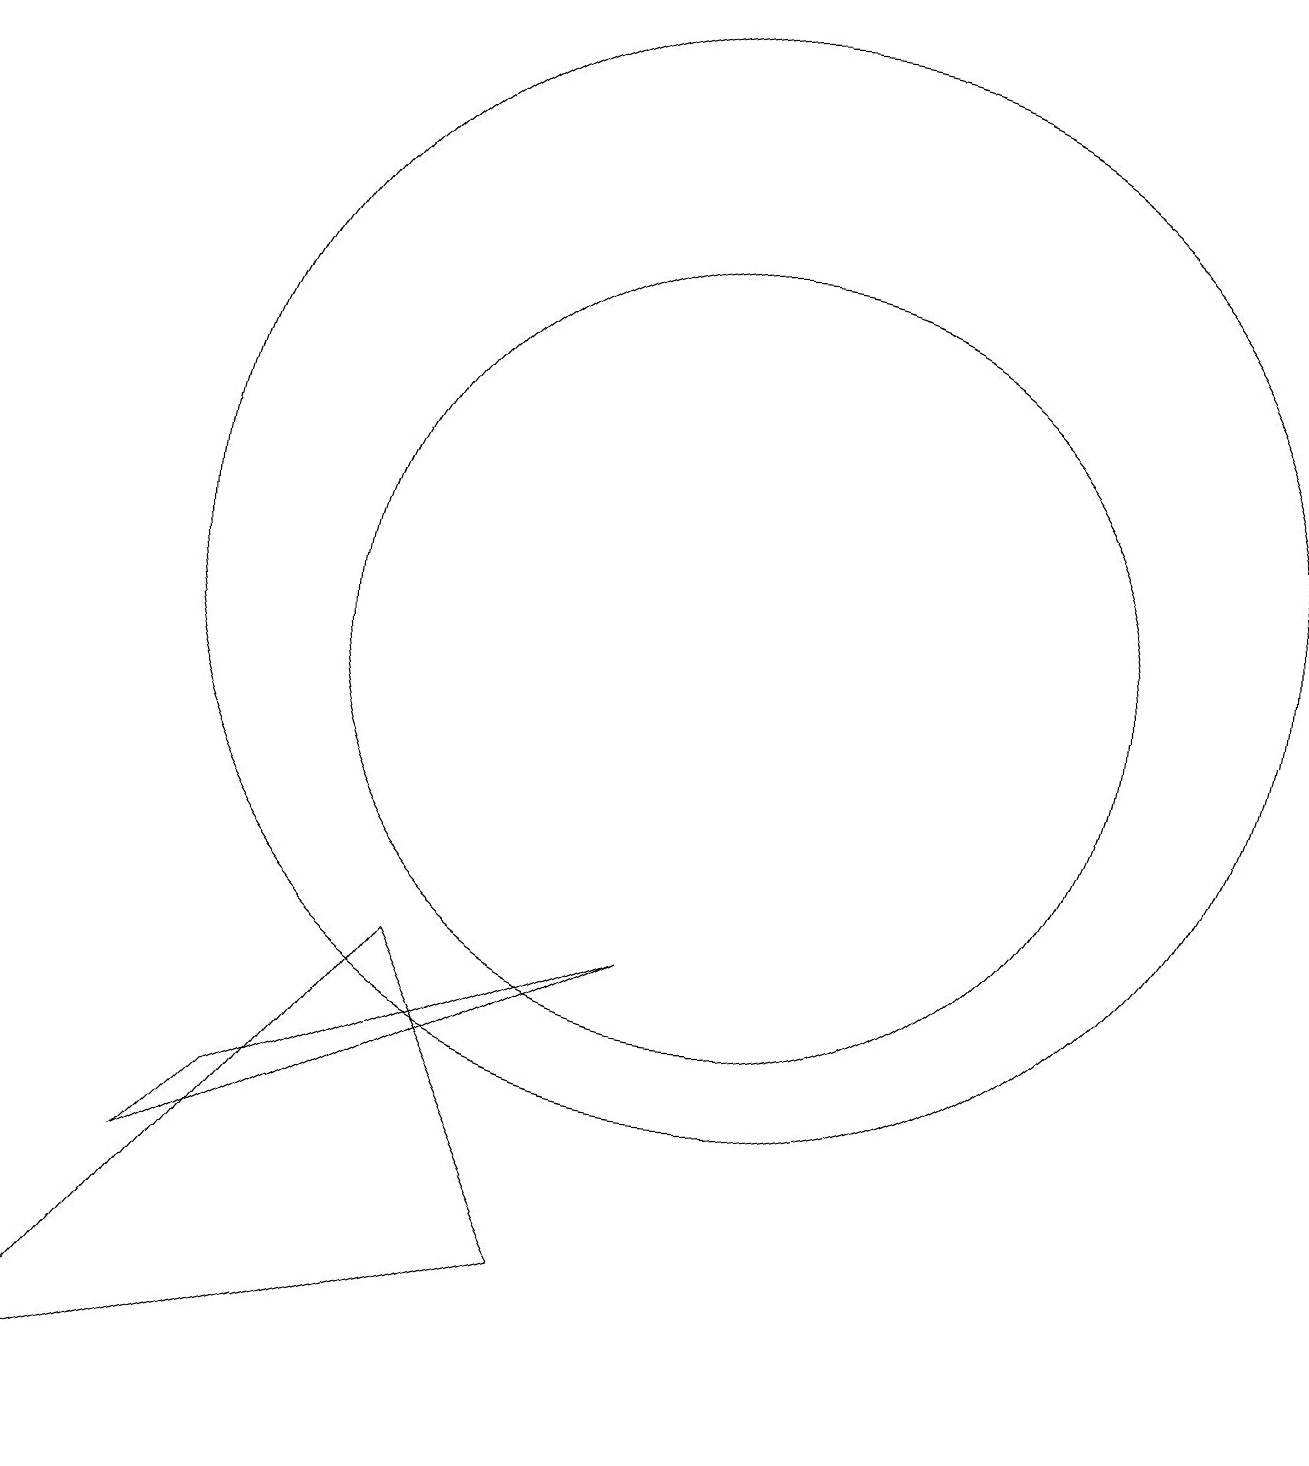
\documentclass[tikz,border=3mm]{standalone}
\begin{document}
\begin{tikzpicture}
\draw (10,11) circle (7);
\draw (10,10) circle (5);
\draw (4,4) -- (3,3) -- (9,6) -- cycle;
\draw (8,2) -- (1,0) -- (6,6) -- cycle;
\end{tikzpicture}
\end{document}